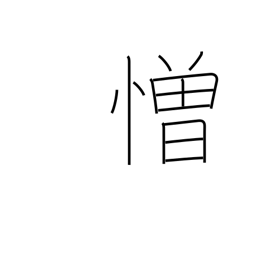
Meaning: hate